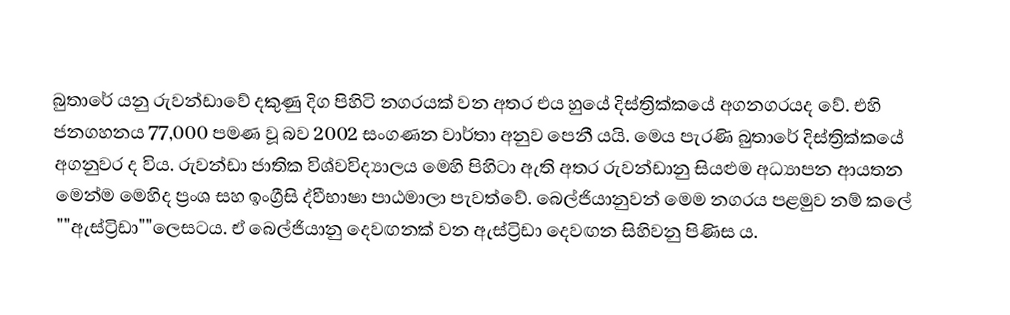
බුතාරේ යනු රුවන්ඩාවේ දකුණු දිග පිහිටි නගරයක් වන අතර එය හුයේ දිස්ත්‍රික්කයේ අගනගරයද වේ. එහි ජනගහනය 77,000 පමණ වූ බව 2002 සංගණන වාර්තා අනුව පෙනී යයි. මෙය පැරණි බුතාරේ දිස්ත්‍රික්කයේ අගනුවර ද විය. රුවන්ඩා ජාතික විශ්වවිද්‍යාලය මෙහි පිහිටා ඇති අතර රුවන්ඩානු සියළුම අධ්‍යාපන ආයතන මෙන්ම මෙහිද ප්‍රංශ සහ ඉංග්‍රීසි ද්වීභාෂා පාඨමාලා පැවත්වේ. බෙල්ජියානුවන් මෙම නගරය පළමුව නම් කලේ ""ඇස්ට්‍රිඩා""ලෙසටය. ඒ බෙල්ජියානු දෙවඟනක් වන ඇස්ට්‍රිඩා දෙවඟන සිහිවනු පිණිස ය.